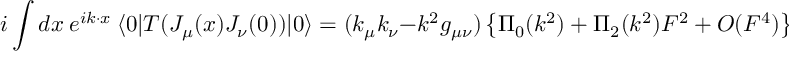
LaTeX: i \int d x ~ e ^ { i k \cdot x } ~ \langle 0 | T ( J _ { \mu } ( x ) J _ { \nu } ( 0 ) ) | 0 \rangle = ( k _ { \mu } k _ { \nu } - k ^ { 2 } g _ { \mu \nu } ) \left\{ \Pi _ { 0 } ( k ^ { 2 } ) + \Pi _ { 2 } ( k ^ { 2 } ) F ^ { 2 } + O ( F ^ { 4 } ) \right\}